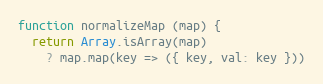
Language: JavaScript
function normalizeMap (map) {
  return Array.isArray(map)
    ? map.map(key => ({ key, val: key }))